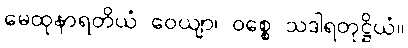
မေထုနာရတိယံ ဝေယျာ၊ ဝစ္စေ သဒါရတုဋ္ဌိယံ။